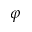
\varphi